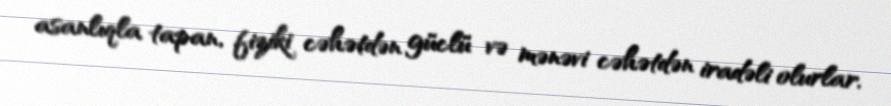
asanlıqla tapan, fiziki cəhətdən güclü və mənəvi cəhətdən iradəli olurlar.